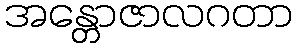
အန္တောဇာလဂတာ